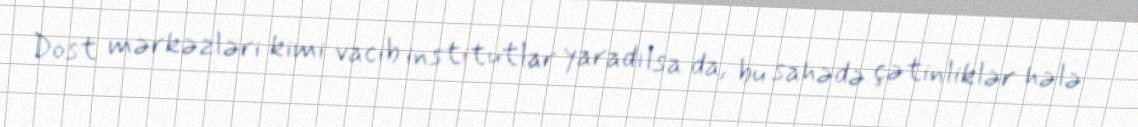
Dost mərkəzləri kimi vacib institutlar yaradılsa da, bu sahədə çətinliklər hələ